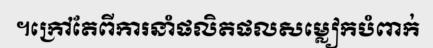
។ក្រៅតែពីការនាំផលិតផលសម្លៀកបំពាក់